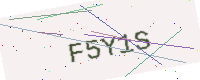
Text: F5Y1S